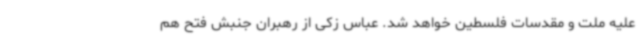
علیه ملت و مقدسات فلسطین خواهد شد. عباس زکی از رهبران جنبش فتح هم